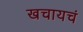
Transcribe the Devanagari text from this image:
खचायचं